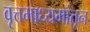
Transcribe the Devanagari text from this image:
वृत्तमाध्यमांतून